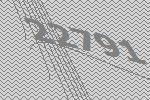
22791